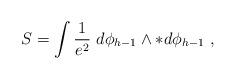
LaTeX: \begin{align*}S=\int {1\over e^2} \ d\phi _{h-1}\wedge * d\phi _{h-1}\ ,\end{align*}